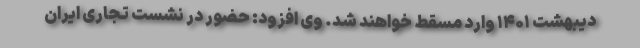
دیبهشت ۱۴۰۱ وارد مسقط خواهند شد. وی افزود: حضور در نشست تجاری ایران